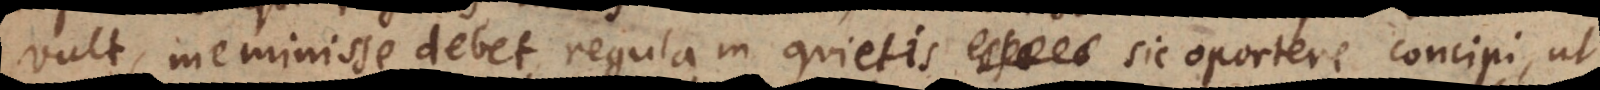
vult, meminisse debet, regulam quietis sic oportere concipi, ut